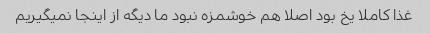
غذا کاملا یخ بود اصلا هم خوشمزه نبود ما دیگه از اینجا نمیگیریم